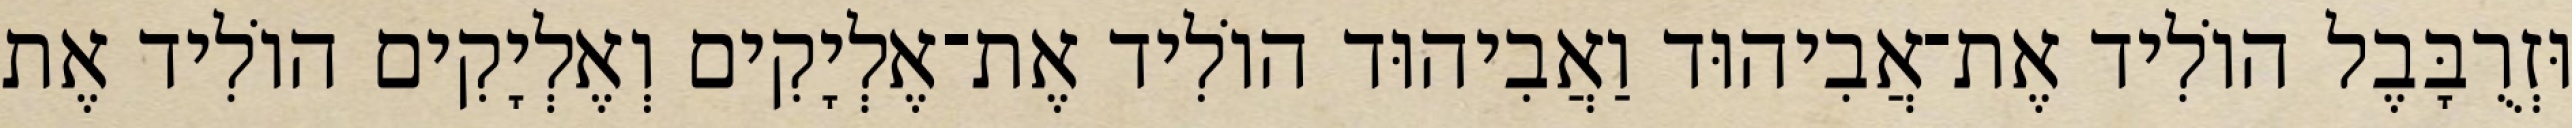
וּזְרֻבָּבֶל הוֹלִיד אֶת־אֲבִיהוּד וַאֲבִיהוּד הוֹלִיד אֶת־אֶלְיָקִים וְאֶלְיָקִים הוֹלִיד אֶת